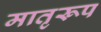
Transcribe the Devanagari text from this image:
मातृरूप